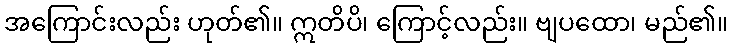
အကြောင်းလည်း ဟုတ်၏။ ဣတိပိ၊ ကြောင့်လည်း။ ဗျပထော၊ မည်၏။